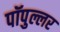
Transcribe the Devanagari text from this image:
पॉपुल्लर